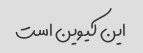
این کیوین است